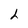
Character: h